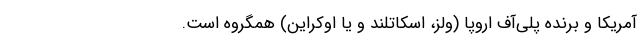
آمریکا و برنده پلی‌آف اروپا (ولز، اسکاتلند و یا اوکراین) همگروه است.